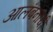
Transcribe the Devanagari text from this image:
आलंबनाची